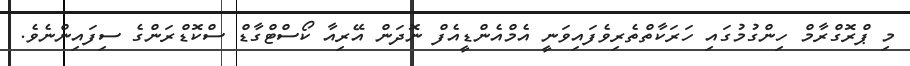
މި ޕްރޮގްރާމް ހިންގުމުގައި ހަރަކާތްތެރިވެފައިވަނީ އެމްއެންޑީއެފް ނޮދަން އޭރިއާ ކޯސްޓްގާޑް ސްކޮޑްރަންގެ ސިފައިންނެވެ.